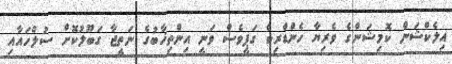
އިލެކްޝަން ކޮމިޝަންގެ ވެރިޔާ ހެންޑްރިކް ގަޕީވެސް ވަނީ އިންތިޚާބުގެ ނަތީޖާ ގަބޫލުކޮށް ސުލްހައާއި